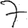
Digit: 7